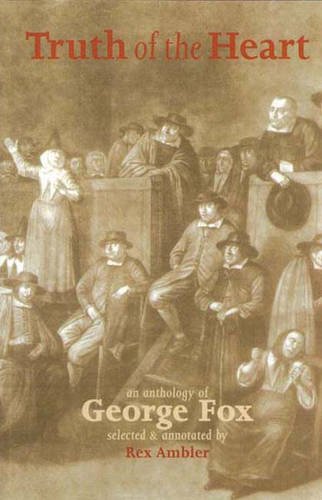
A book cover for Truth of the Heart: An Anthology of George Fox 1624-1691; George Fox; Christian Books & Bibles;